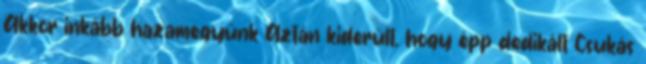
Akkor inkább hazamegyünk Aztán kiderült, hogy épp dedikált Csukás